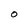
Character: O